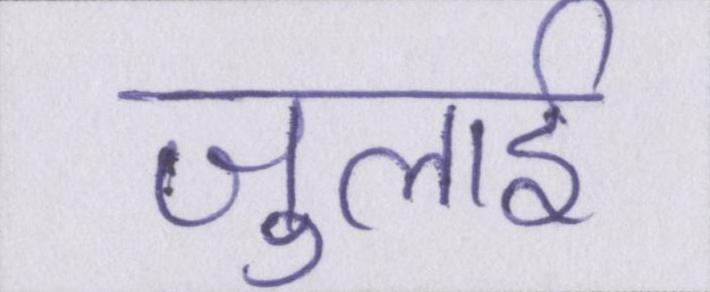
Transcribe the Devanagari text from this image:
जुलाई